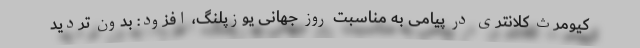
کیومرث کلانتری در پیامی به مناسبت روز جهانی یوزپلنگ، افزود: بدون تردید